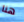
هنا